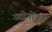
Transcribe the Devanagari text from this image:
उद्योगोंकी